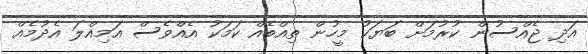
އަދި ޖެއްސުން ކުރުމަށް ބަޔަކު މީހުން ތިއްބެއް ކަމަކު އެއްވެސް އަމިއްލަ އެދުމެއް